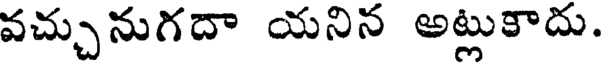
వచ్చునుగదా యనిన అట్లుకాదు.